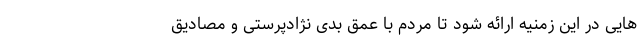
هایی در این زمنیه ارائه شود تا مردم با عمق بدی نژادپرستی و مصادیق